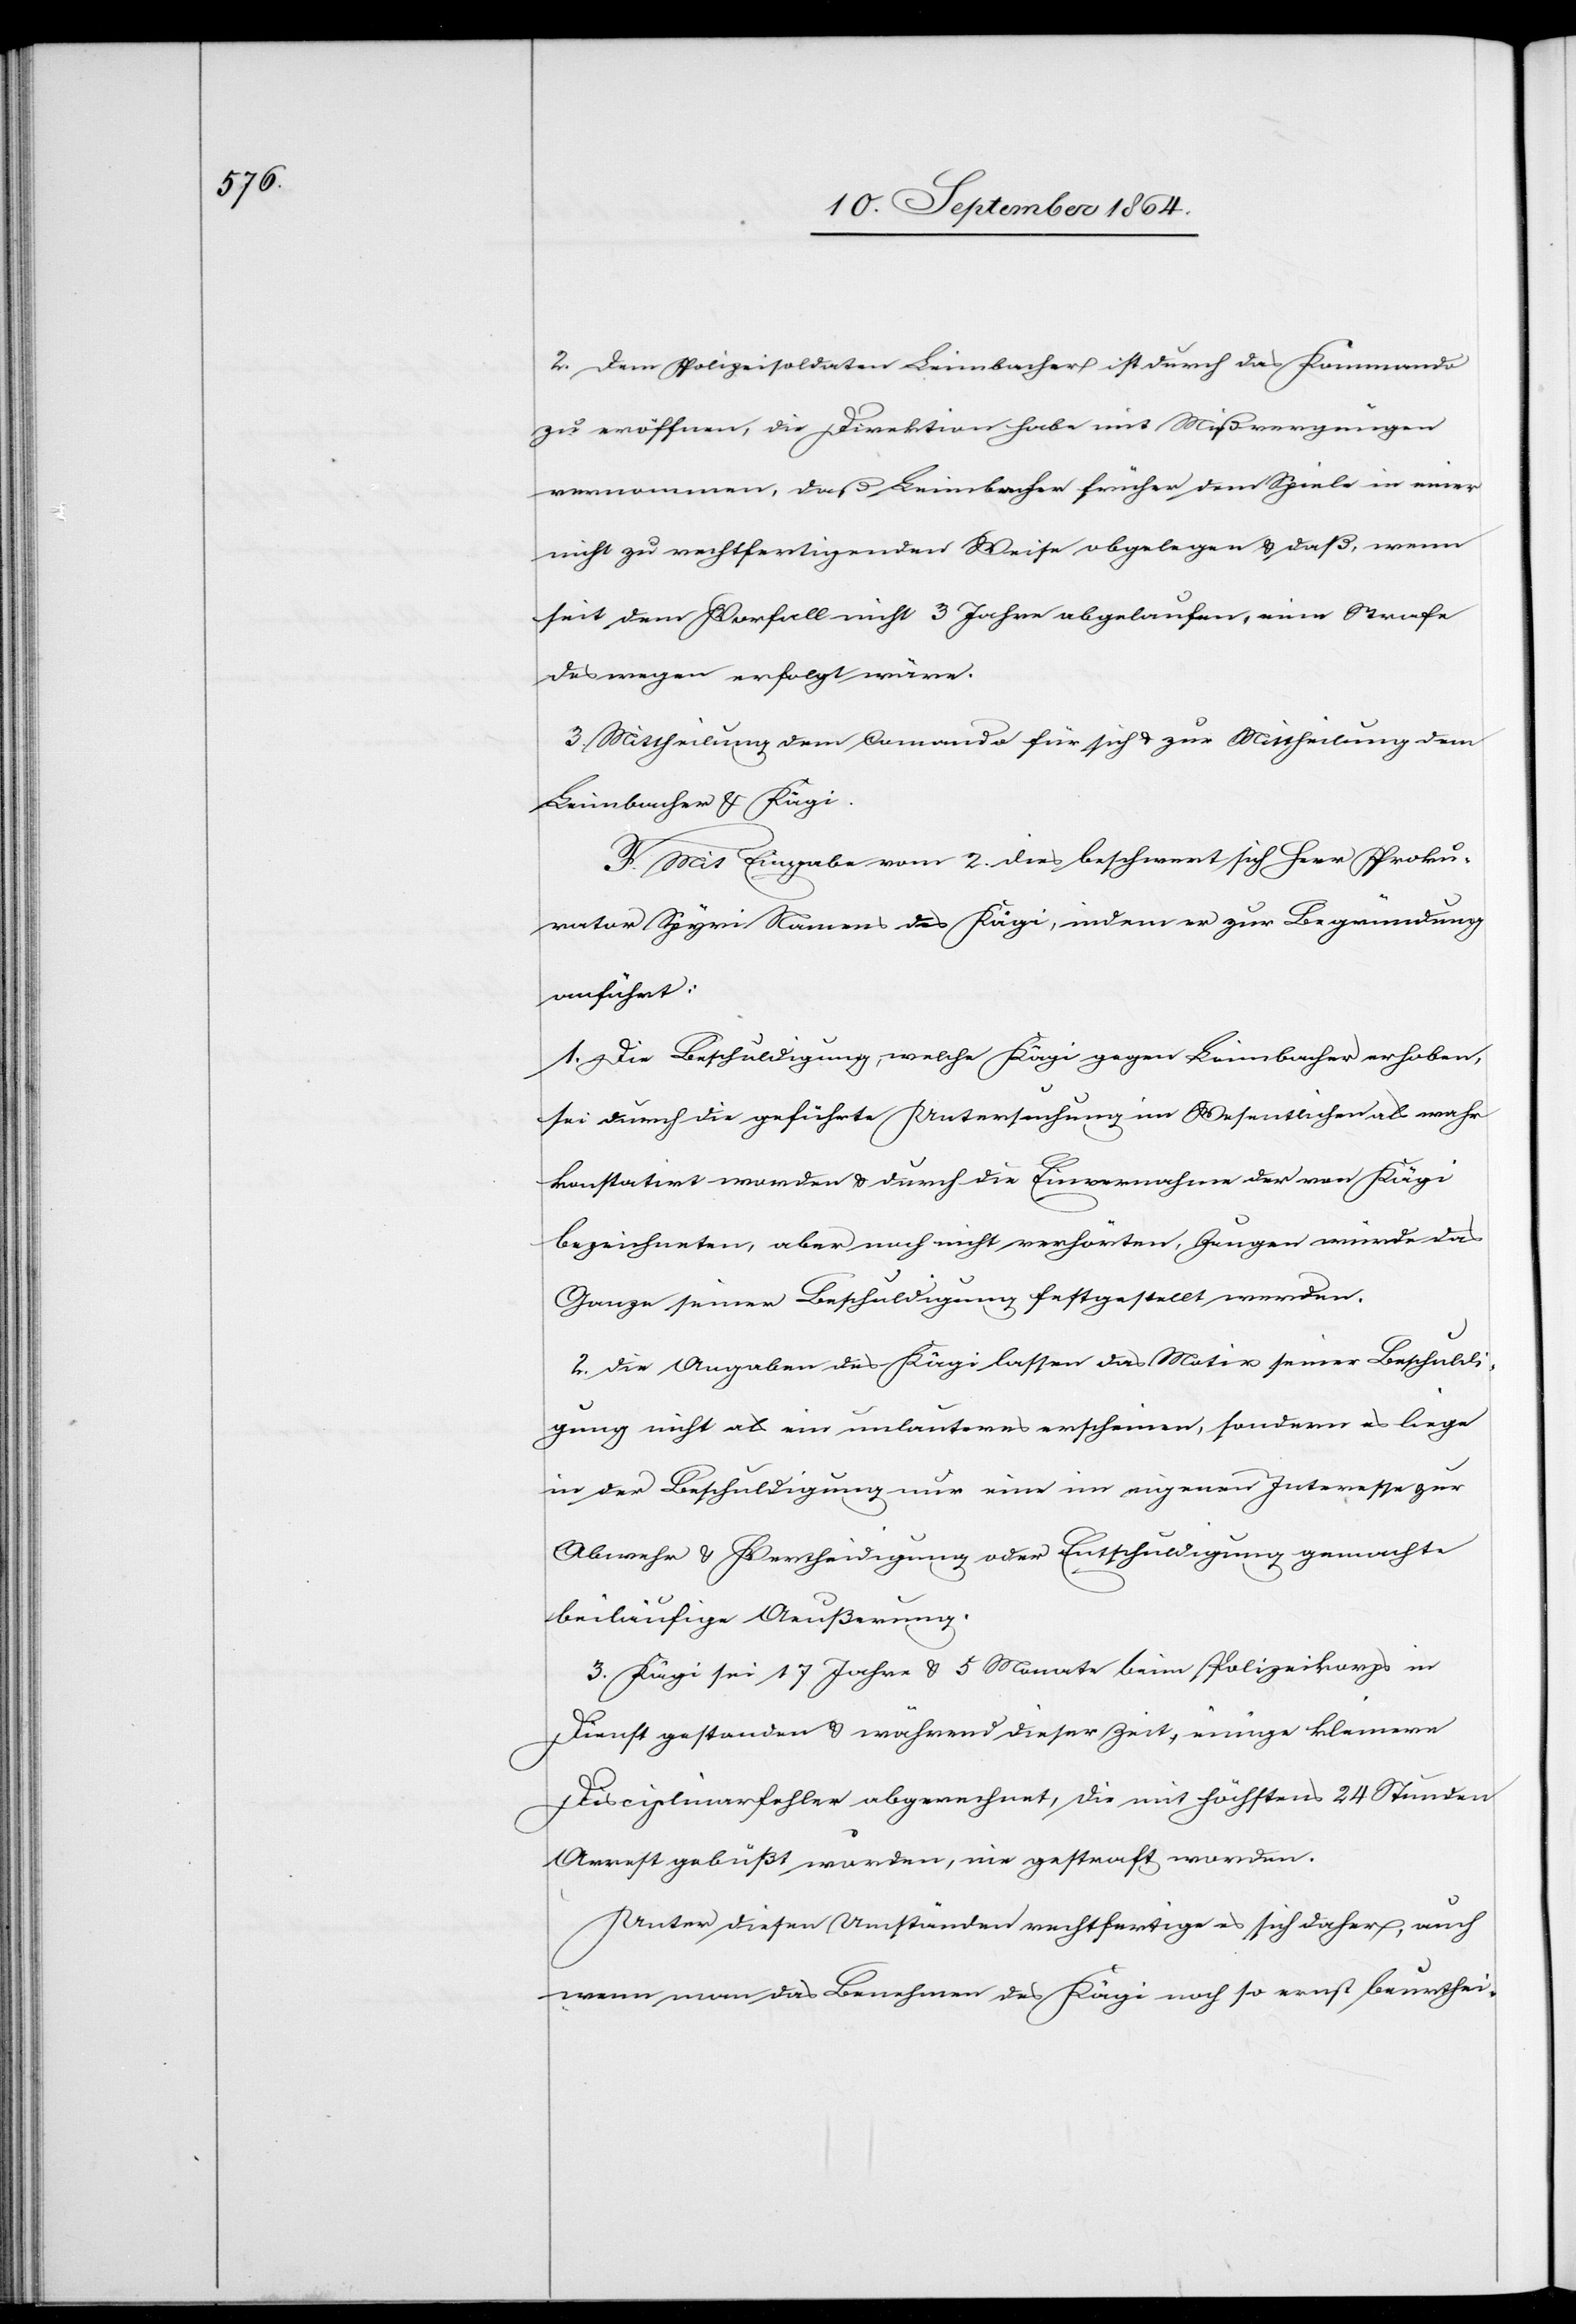
2. Dem Polizeisoldaten Leimbacher ist durch das Kommando
zu eröffnen, die Direktion habe mit Mißvergnügen
vernommen, daß Leimbacher früher dem Spiele in einer
nicht zu rechtfertigenden Weise obgelegen & daß, wenn
seit dem Vorfall nicht 3 Jahre abgelaufen, eine Strafe
deswegen erfolgt wäre.
3. Mittheilung dem Commando für sich & zur Mittheilung dem
Leimbacher & Kägi.
F. Mit Eingabe vom 2. dies beschwert sich Herr Proku¬
rator Spyri Namens des Kägi, indem er zur Begründung
anführt:
1. Die Beschuldigung, welche Kägi gegen Leimbacher erhoben,
sei durch die geführte Untersuchung im Wesentlichen als wahr
konstatirt worden & durch die Einvernahme der von Kägi
bezeichneten, aber noch nicht verhörten, Zeugen würde das
Ganze seiner Beschuldigung festgestellt werden.
2. Die Angaben des Kägi lassen das Motiv seiner Beschuldi¬
gung nicht als ein unlauteres erscheinen, sondern es liege
in der Beschuldigung nur eine im eigenen Interesse zur
Abwehr & Verteidigung oder Entschuldigung gemachte
beiläufige Aeußerung.
3. Kägi sei 17 Jahre & 5 Monate beim Polizeikorps in
Dienst gestanden & während dieser Zeit, einige kleinere
Disciplinarfehler abgerechnet, die mit höchstens 24 Stunden
Arrest gebüßt worden, nie gestraft worden.
Unter diesen Umständen rechtfertige es sich daher, auch
wenn man das Benehmen des Kägi noch so ernst beurthei-